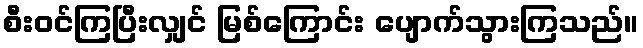
စီးဝင်ကြပြီးလျှင် မြစ်ကြောင်း ပျောက်သွားကြသည်။